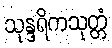
သုန္ဒရိကသုတ္တံ